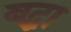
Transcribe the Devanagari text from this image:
बद्धा